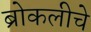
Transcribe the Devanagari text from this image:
ब्रोकलीचे